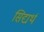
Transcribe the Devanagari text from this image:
सिद्यर्थ